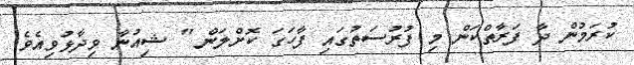
ކުރަމުން ދާ ފަރާތްކަން މި ފުރުސަތުގައި ފާހަގަ ކޮށްލަން " ޝިއުނާ ވިދާޅުވިއެވެ.